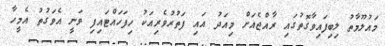
މައުލޫމާތު ލިބިފައިވާގޮތުގައި ރާއްޖެއަށް މިއަދު އައި ފަތުރުވެރިއަކު ހިފަހައްޓައިފި ވަނީ އެވަގުތު އެމީހާ